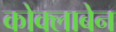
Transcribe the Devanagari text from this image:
कोक्लाबेन